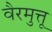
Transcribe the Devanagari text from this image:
वैरमुत्तू